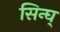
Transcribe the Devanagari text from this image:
सिन्घ्